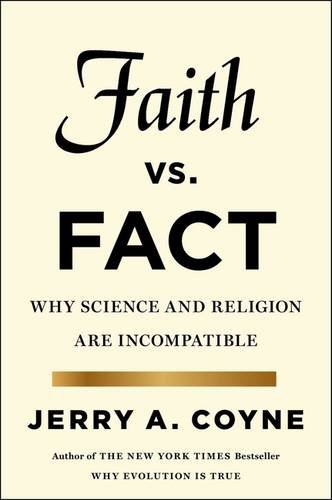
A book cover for Faith Versus Fact: Why Science and Religion Are Incompatible; Jerry A. Coyne; Science & Math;